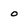
Character: o